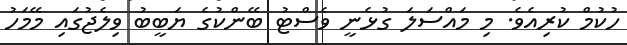
ހުކުމް ކުރިއެވެ. މި މައްސަލަ ގުޅެނީ ވެސްޓު ބޭންކުގެ ޔަބީބު ވިލެޖުގައި މޭމަހު